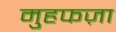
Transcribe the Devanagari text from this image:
मुहफज़ा